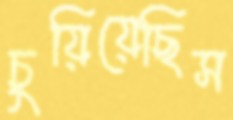
চুয়িয়েছিস